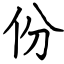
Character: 份